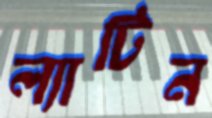
ল্যাটিন